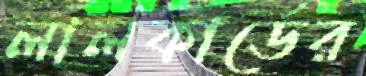
লালকার্ডের